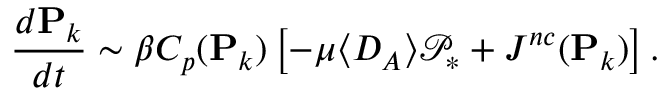
{ \frac { d \mathbf { P } _ { k } } { d t } } \sim \beta C _ { p } ( \mathbf { P } _ { k } ) \left[ - \mu \langle D _ { A } \rangle \mathcal { P } _ { * } + J ^ { n c } ( \mathbf { P } _ { k } ) \right] .